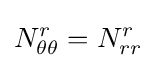
N_{\theta \theta }^{r}=N_{rr}^{r}